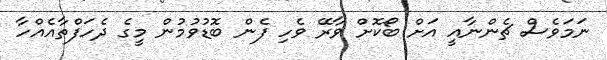
ނަމަވެސް ޗެންނާއީ އަށް ބޯކޮށް ވާރޭ ވެހި ފެން ބޮޑުވުމުން މީގެ ދެހަފްތާއެއްހާ